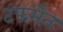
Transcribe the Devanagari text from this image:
टफमैन